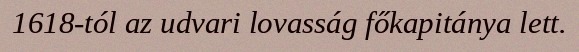
1618-tól az udvari lovasság főkapitánya lett.